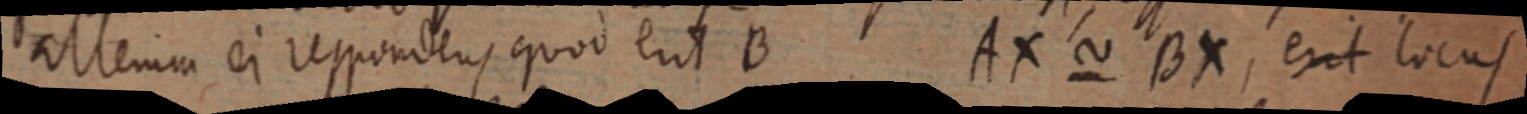
alterum ei respondens quod eut B AX ~ BX, erit locus